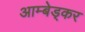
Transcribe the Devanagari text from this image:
आम्बेड्कर